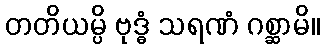
တတိယမ္ပိ ဗုဒ္ဓံ သရဏံ ဂစ္ဆာမိ။